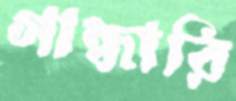
গান্ধারি